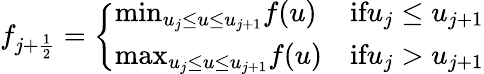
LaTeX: f_{j+\frac{1}{2}}=\left\{ \begin{array}{ll}{\textnormal{min}_{u_{j}\le u\le u_{j+1}}f(u)}&{\textnormal{if}u_{j}\le u_{j+1}}\\ {\textnormal{max}_{u_{j}\le u\le u_{j+1}}f(u)}&{\textnormal{if}u_{j}>u_{j+1}}\end{array}\right.